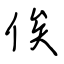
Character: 俟